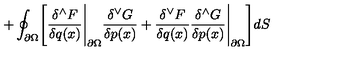
+ \oint _ { \partial { \Omega } } \Biggl [ { \frac { \delta ^ { \wedge } F } { \delta q ( x ) } } \Bigg \vert _ { \partial { \Omega } } { \frac { \delta ^ { \vee } G } { \delta p ( x ) } } + { \frac { \delta ^ { \vee } F } { \delta q ( x ) } } { \frac { \delta ^ { \wedge } G } { \delta p ( x ) } } \Bigg \vert _ { \partial { \Omega } } \Biggr ] d S